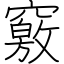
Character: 竅